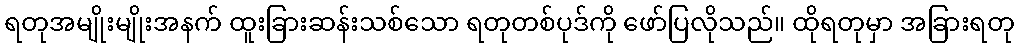
ရတုအမျိုးမျိုးအနက် ထူးခြားဆန်းသစ်သော ရတုတစ်ပုဒ်ကို ဖော်ပြလိုသည်။ ထိုရတုမှာ အခြားရတု